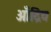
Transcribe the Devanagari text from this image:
आँद्रिय